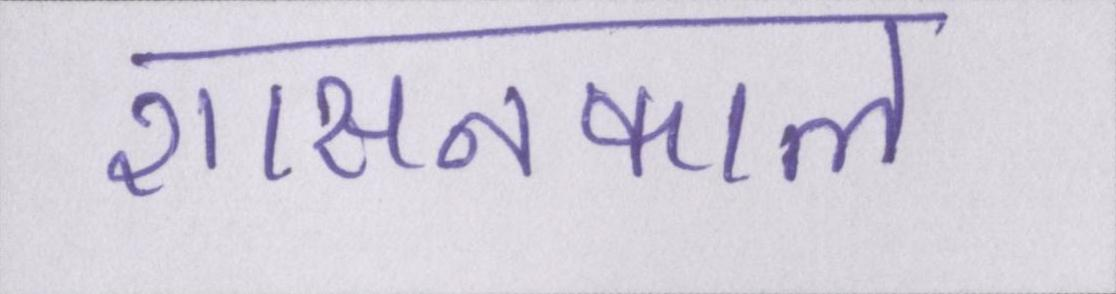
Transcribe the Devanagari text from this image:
शासनकाल